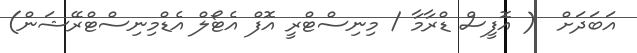
އަބަދަށް  ( އޮފީސް ޑްރާމާ / މިނިސްޓްރީ އޮފް އެޓޯލް އެޑްމިނިސްޓްރޭޝަން)